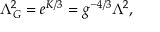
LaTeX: \Lambda _ { G } ^ { 2 } = e ^ { K / 3 } = g ^ { - 4 / 3 } \Lambda ^ { 2 } ,